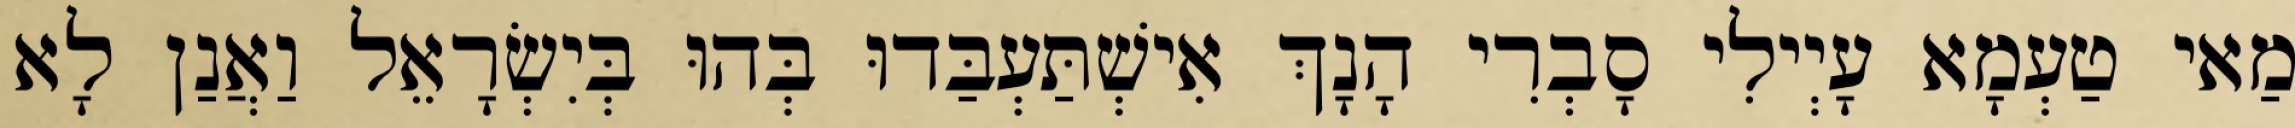
מַאי טַעְמָא עָיְילִי סָבְרִי הָנָךְ אִישְׁתַּעְבַּדוּ בְּהוּ בְּיִשְׂרָאֵל וַאֲנַן לָא